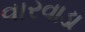
વારવાડા